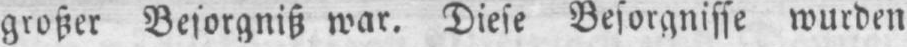
großer Besorgniß war. Diese Besorgnisse wurden